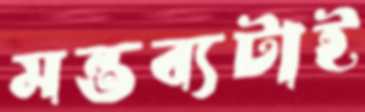
মন্তব্যটাই